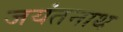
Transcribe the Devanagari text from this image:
जयंतनाथ